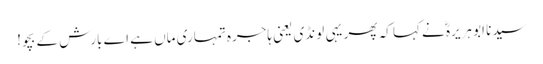
سیدنا ابو ہریرہؓ نے کہا کہ پھر یہی لونڈی یعنی ہاجرہ تمہاری ماں ہے اے بارش کے بچو!